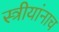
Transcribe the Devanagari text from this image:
स्त्रीयांनाच